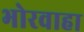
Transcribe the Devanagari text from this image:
भोरवाहा